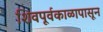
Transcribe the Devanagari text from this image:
शिवपूर्वकाळापासून